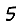
Digit: 5